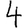
Digit: 4